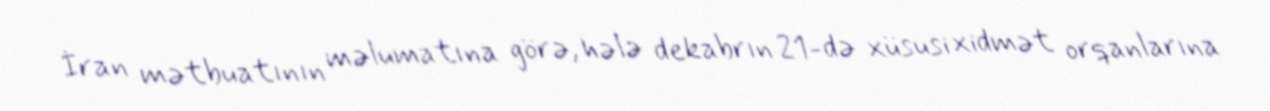
İran mətbuatının məlumatına görə, hələ dekabrın 21-də xüsusi xidmət orqanlarına